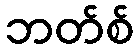
ဘတ်စ်